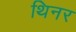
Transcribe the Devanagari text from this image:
थिनर